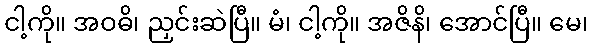
ငါ့ကို။ အဝဓိ၊ ညှင်းဆဲပြီ။ မံ၊ ငါ့ကို။ အဇိနိ၊ အောင်ပြီ။ မေ၊